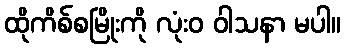
ထိုကိစ်စမြိုးကို လုံးဝ ဝါသနာ မပါ။